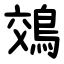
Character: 鵁